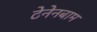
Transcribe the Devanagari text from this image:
टेनेनबाम